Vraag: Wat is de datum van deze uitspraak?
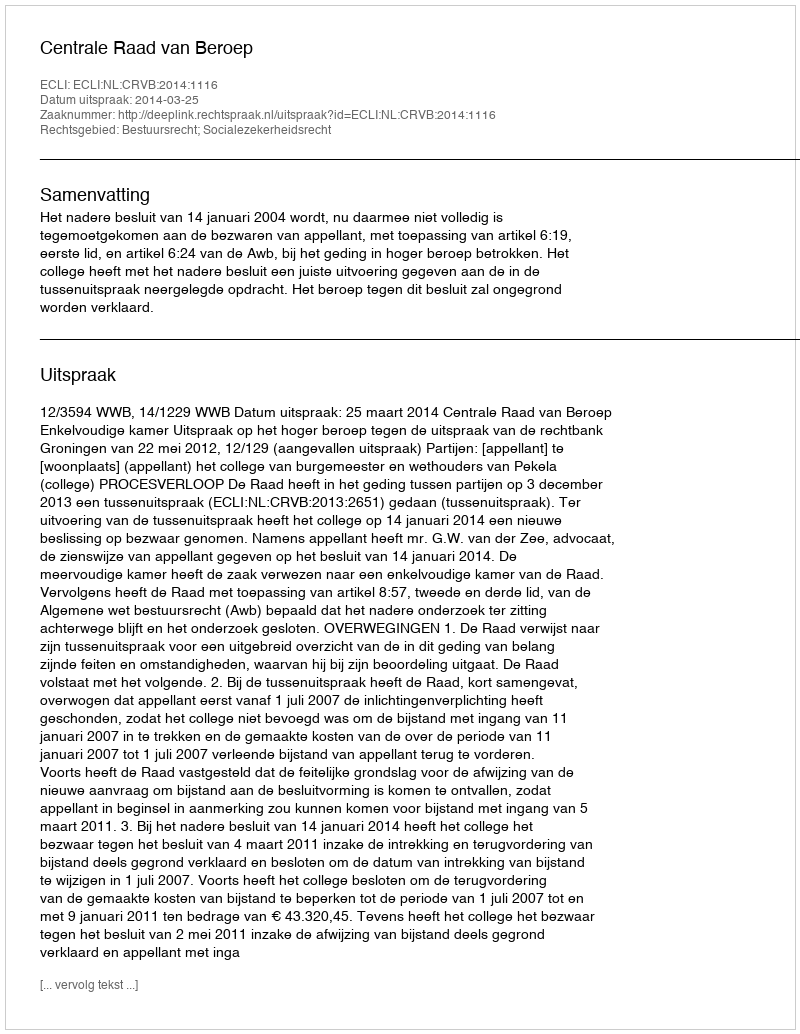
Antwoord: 2014-03-25